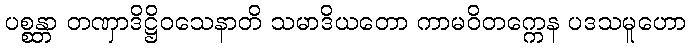
ပစ္စန္တာ တဏှာဒိဋ္ဌိဝသေနာတိ သမာဒိယတော ကာမဝိတက္ကေန ပဒသမူဟော